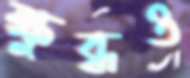
ক্ষুব্ধও